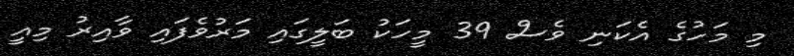
މި މަހުގެ އެކަނި ވެސް 39 މީހަކު ބަލީގައި މަރުވެފައި ވާއިރު މިއީ